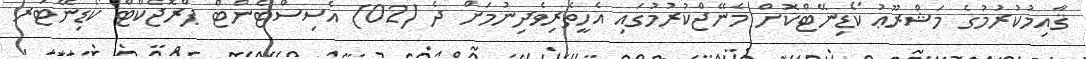
ޤާއިމުކުރުމުގެ މަޝްރޫޢު ކޯޑިނޭޓްކޮށް މެނޭޖްކުރުމުގައި އެހީތެރިވެދިނުމަށް ދެ (02) އެސިސްޓެންޓް ޕްރޮޖެކްޓް ކޯޑިނޭޓަރ